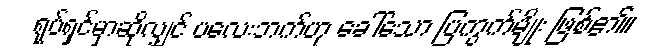
ရုပ်ရှင်မှာဆိုလျှင် ပလေးဘက်ဟု ခေါ်သော ပြကွက်မျိုး ဖြစ်၏။